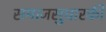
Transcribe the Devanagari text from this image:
समाजसुधारकी